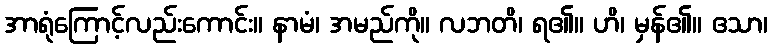
အာရုံကြောင့်လည်းကောင်း။ နာမံ၊ အမည်ကို။ လဘတိ၊ ရ၏။ ဟိ၊ မှန်၏။ ဧသာ၊